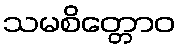
သမစိတ္တောဝ